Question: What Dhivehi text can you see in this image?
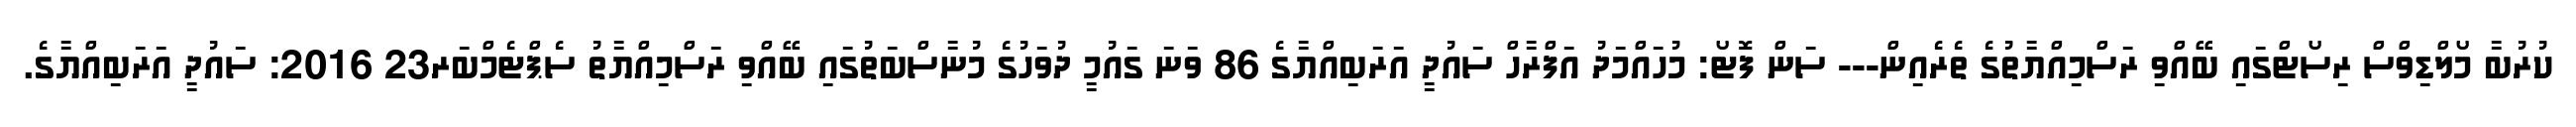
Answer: ކުރުބާ މޯލްޑިވްސް ރިސޯޓްގައި ބޭއްވި ރަސްމިއްޔާތުގެ ތެރެއިން--- ސަން ފޮޓޯ: މުހައްމަދު އަފްރާހް ސައުދީ އަރަބިއްޔާގެ 86 ވަނަ ގައުމީ ދުވަހުގެ މުނާސްބަތުގައި ބޭއްވި ރަސްމިއްޔާތު ސެޕްޓެމްބަރ23 2016: ސައުދީ އަރަބިއްޔާގެ.